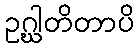
ဥဂ္ဃါတိတာပိ